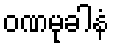
ဝဏမုခါနံ